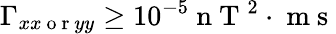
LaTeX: \Gamma_{xx\mathrm{~o~r~}yy}\geq 10^{-5}\mathrm{~n~T~}^{2}\cdot\mathrm{~m~s~}